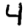
Digit: 4